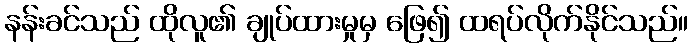
နန်းခင်သည် ထိုလူ၏ ချုပ်ထားမှုမှ ဖြေ၍ ထရပ်လိုက်နိုင်သည်။